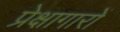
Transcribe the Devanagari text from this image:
प्रेक्षागारों